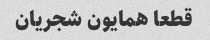
قطعا همایون شجریان